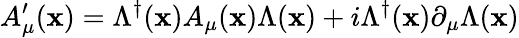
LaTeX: A_{\mu}^{\prime}(\mathbf{x})=\Lambda^{\dagger}(\mathbf{x})A_{\mu}(\mathbf{x})\Lambda(\mathbf{x})+i\Lambda^{\dagger}(\mathbf{x})\partial_{\mu}\Lambda(\mathbf{x})